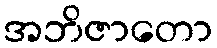
အဘိဇာတော